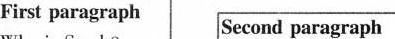
First paragraph Second paragraph